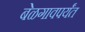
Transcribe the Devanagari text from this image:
बेळगावपर्यंत